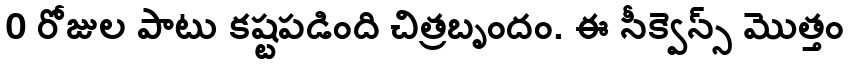
0 రోజుల పాటు కష్టపడింది చిత్రబృందం. ఈ సీక్వెన్స్ మొత్తం